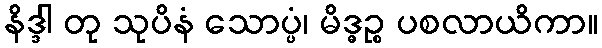
နိဒ္ဒါ တု သုပိနံ သောပ္ပံ၊ မိဒ္ဓဉ္စ ပစလာယိကာ။